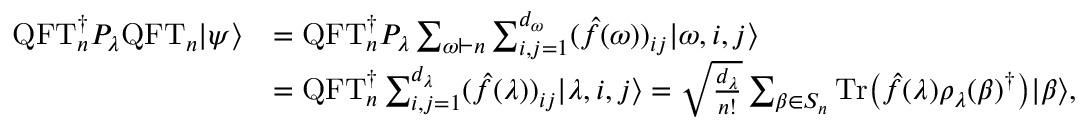
\begin{array} { r l } { \mathrm { Q F T } _ { n } ^ { \dagger } P _ { \lambda } \mathrm { Q F T } _ { n } | \psi \rangle } & { = \mathrm { Q F T } _ { n } ^ { \dagger } P _ { \lambda } \sum _ { \omega \vdash n } \sum _ { i , j = 1 } ^ { d _ { \omega } } ( \hat { f } ( \omega ) ) _ { i j } | \omega , i , j \rangle } \\ & { = \mathrm { Q F T } _ { n } ^ { \dagger } \sum _ { i , j = 1 } ^ { d _ { \lambda } } ( \hat { f } ( \lambda ) ) _ { i j } | \lambda , i , j \rangle = \sqrt { \frac { d _ { \lambda } } { n ! } } \sum _ { \beta \in S _ { n } } { \mathrm { T r } { \left( \hat { f } ( \lambda ) \rho _ { \lambda } ( \beta ) ^ { \dagger } \right) } } | \beta \rangle , } \end{array}